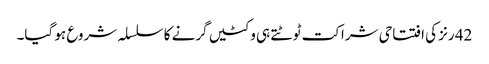
42 رنز کی افتتاحی شراکت ٹوٹتے ہی وکٹیں گرنے کا سلسلہ شروع ہو گیا۔